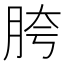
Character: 胯